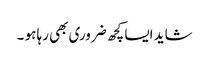
شاید ایسا کچھ ضروری بھی رہا ہو ۔